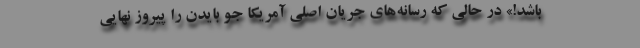
باشد!» در حالی که رسانه‌های جریان اصلی آمریکا جو بایدن را پیروز نهایی